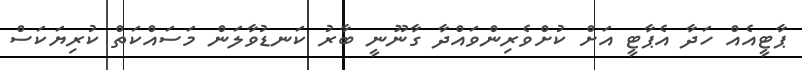
ޕާޓީއެއް ހަދާ އެޕާޓީ އަށް ކުށްވެރިންވައްދާ ގާނޫނީ ބާރު ކަނޑުވާލަން މަސައްކަތް ކުރިޔަކަސް